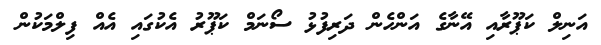
އަނިލް ކަޕޫރާއި އޭނާގެ އަންހެން ދަރިފުޅު ސޯނަމް ކަޕޫރު އެކުގައި އެއް ފިލްމަކުން